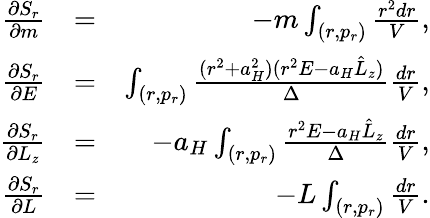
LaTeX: \begin{array}{rlr}{\frac{\partial S_{r}}{\partial m}}&{=}&{-m\int_{(r,p_{r})}\frac{r^{2}dr}{V},}\\ {\frac{\partial S_{r}}{\partial E}}&{=}&{\int_{(r,p_{r})}\frac{(r^{2}+a_{H}^{2})(r^{2}E-a_{H}\hat{L}_{z})}{\Delta}\frac{dr}{V},}\\ {\frac{\partial S_{r}}{\partial L_{z}}}&{=}&{-a_{H}\int_{(r,p_{r})}\frac{r^{2}E-a_{H}\hat{L}_{z}}{\Delta}\frac{dr}{V},}\\ {\frac{\partial S_{r}}{\partial L}}&{=}&{-L\int_{(r,p_{r})}\frac{dr}{V}.}\end{array}